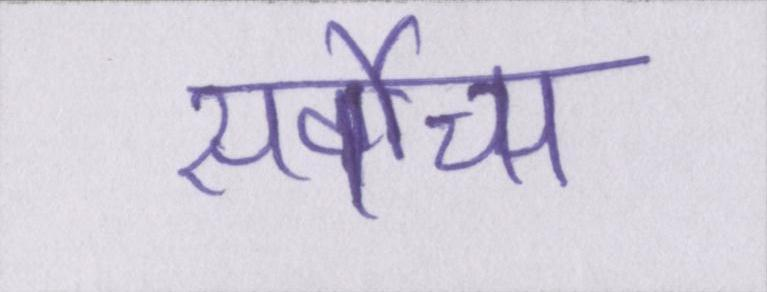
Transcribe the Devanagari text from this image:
सर्वोच्च